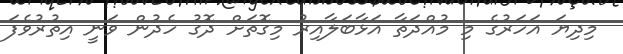
މިދިޔަ އަހަރުގެ މި މުއްދަތާ އަޅާބަލާއިރު މިގޮތަށް ދޮގު ހެދުން ވަނީ އިތުރުވެފަ